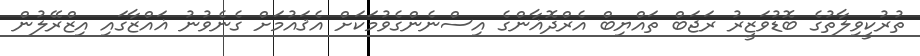
ތުރުކީވިލާތުގެ ބޮޑުވަޒީރު ރަޖަބް ތައްޔިބް އެރްދޮޣާންގެ އިސްނެންގެވުމަކަށް އެޤައުމަށް ގެނެވުނު ޣައްޒާގައި އިޒްރޭލުން